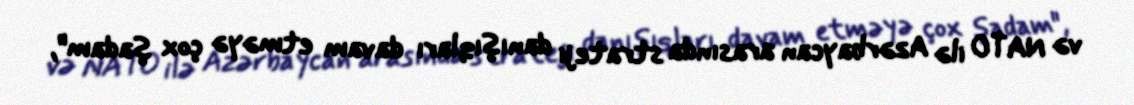
və NATO ilə Azərbaycan arasında strateji danışıqları davam etməyə çox şadam",